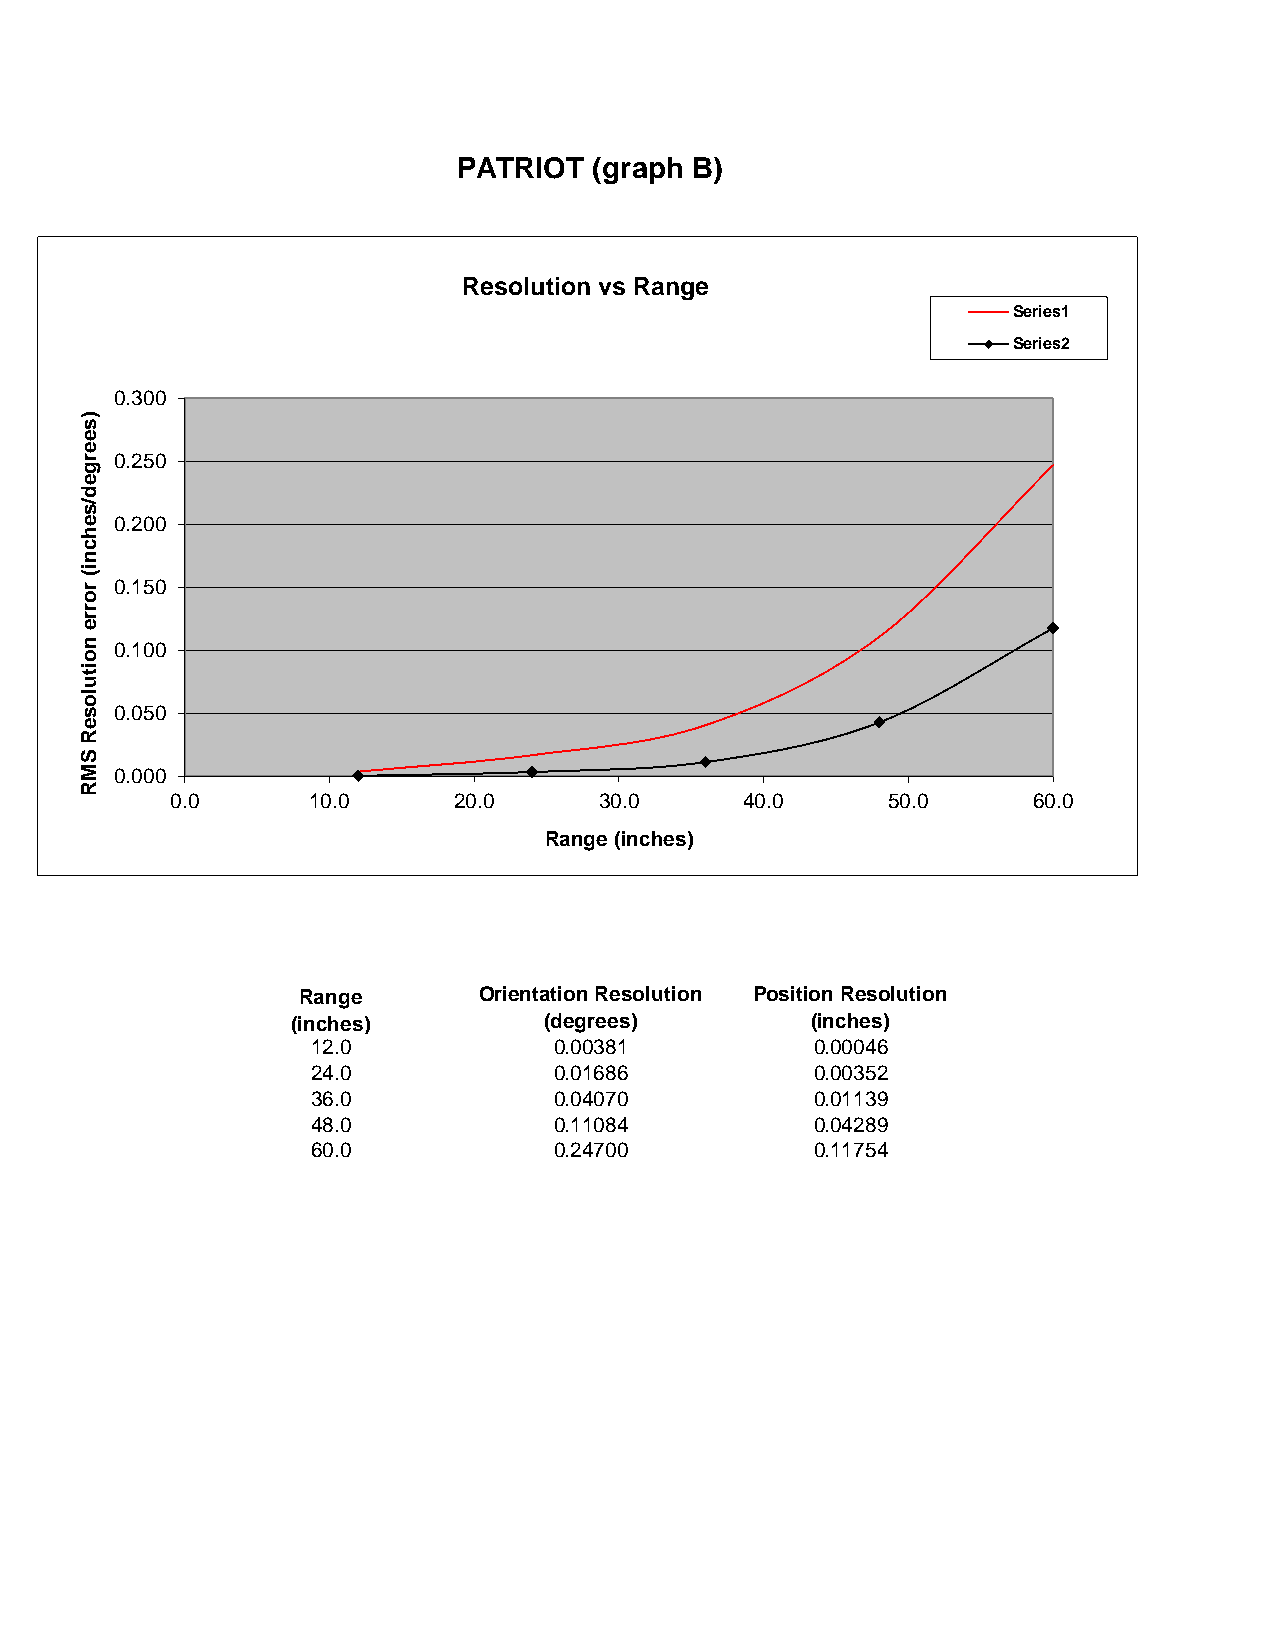
PATRIOT  (graph B)
 Resolution vs Range
 Series1
 Series2
 0.300
 0.250
 0.200
 0.150
 0.100
 0.050
 0.000
 0.0      10.0      20.0     30.0      40.0     50.0      60.0
 Range (inches)
 Range       Orientation Resolution Position Resolution
 (inches)         (degrees)        (inches)
 12.0            0.00381          0.00046
 24.0            0.01686          0.00352
 36.0            0.04070          0.01139
 48.0            0.11084          0.04289
 60.0            0.24700          0.11754
 )seerged/sehcni(
 rorre
 noituloseR
 SMR